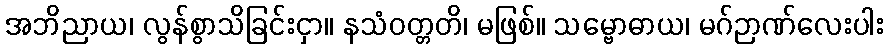
အဘိညာယ၊ လွန်စွာသိခြင်းငှာ။ နသံဝတ္တတိ၊ မဖြစ်။ သမ္ဗောဓာယ၊ မဂ်ဉာဏ်လေးပါး